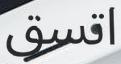
اتسق